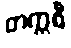
တက္ကစီ